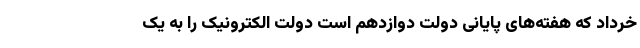
خرداد که هفته‌های پایانی دولت دوازدهم است دولت الکترونیک را به یک